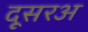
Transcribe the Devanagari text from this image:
दूसरअ